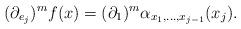
LaTeX: \begin{align*}(\partial_{e_j} )^mf(x)=(\partial_1)^m\alpha_{x_1,\ldots,x_{j-1}}(x_j).\end{align*}